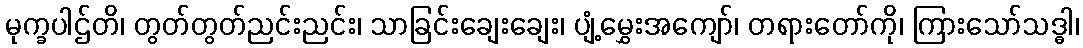
မုက္ခပါဌ်တိ၊ တွတ်တွတ်ညင်းညင်း၊ သာခြင်းချေးချေး၊ ပျံ့မွှေးအကျော်၊ တရားတော်ကို၊ ကြားသော်သဒ္ဓါ၊